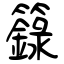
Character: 籙